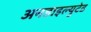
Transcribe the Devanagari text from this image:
अनडाइल्युटेड